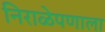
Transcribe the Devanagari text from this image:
निराळेपणाला